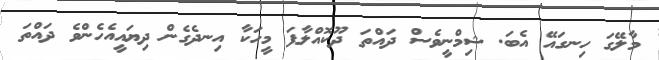
މާލޭގަ ހިނގައޭ އެބަ. ޝިމްނީވެސް ދައްތަ ދޫކޮއްލާފަ މީހަކާ އިނދެގެން ދިޔައީއެހެންވެ ދައްތަ